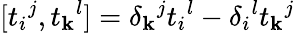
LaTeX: [t_{i}{}^{j},t_{\mathbf{k}}{}^{l}]=\delta_{\mathbf{k}}{}^{j}t_{i}{}^{l}-\delta_{i}{}^{l}t_{\mathbf{k}}{}^{j}